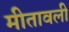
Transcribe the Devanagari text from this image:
मीतावली